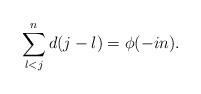
LaTeX: \begin{align*}\sum\limits_{l<j}^n d(j-l) = \phi(-in).\end{align*}